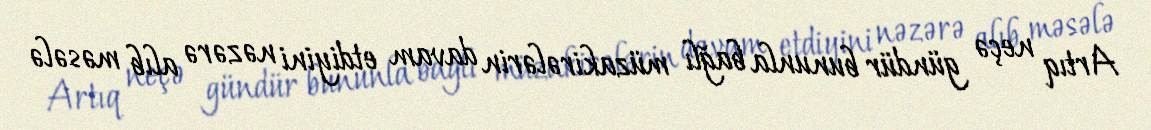
Artıq neçə gündür bununla bağlı müzakirələrin davam etdiyini nəzərə alıb məsələ